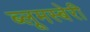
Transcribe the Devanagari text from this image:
ब्लूमस्बेरी